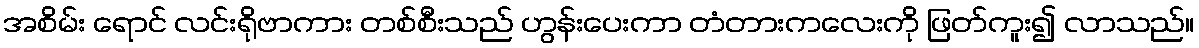
အစိမ်း ရောင် လင်းရိုဗာကား တစ်စီးသည် ဟွန်းပေးကာ တံတားကလေးကို ဖြတ်ကူး၍ လာသည်။